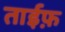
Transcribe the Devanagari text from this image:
ताईफ़